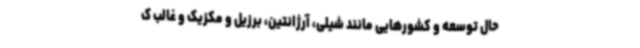
حال توسعه و کشورهایی مانند شیلی، آرژانتین، برزیل و مکزیک و غالب ک